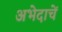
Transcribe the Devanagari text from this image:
अभेदाचें